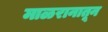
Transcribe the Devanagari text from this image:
माळरानातून